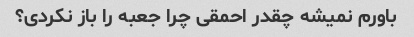
باورم نمیشه چقدر احمقی چرا جعبه را باز نکردی؟